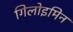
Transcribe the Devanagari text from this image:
गिलोइमिन